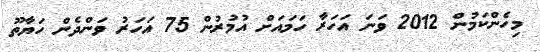
މިހެންކަމުން 2012 ވަނަ އަހަރާ ހަމައަށް އުމުރުން 75 އަހަރު ވަންދެން ހަޔާތޫ